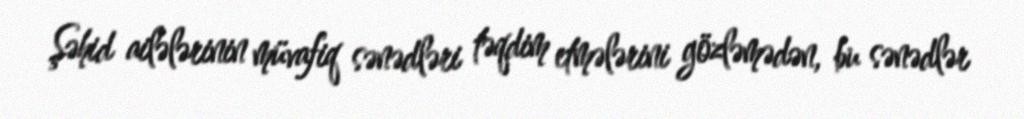
Şəhid ailələrinin müvafiq sənədləri təqdim etmələrini gözləmədən, bu sənədlər